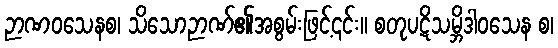
ဉာဏဝသေနစ၊ သိသောဉာဏ်၏အစွမ်းဖြင့်၎င်း။ စတုပဋိသမ္ဘိဒါဝသေန စ၊